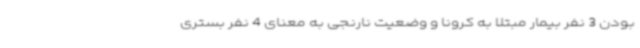
بودن 3 نفر بیمار مبتلا به کرونا و وضعیت نارنجی به معنای 4 نفر بستری